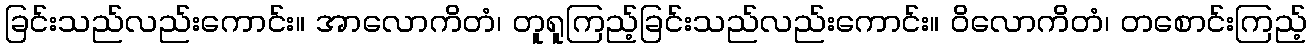
ခြင်းသည်လည်းကောင်း။ အာလောကိတံ၊ တူရူကြည့်ခြင်းသည်လည်းကောင်း။ ဝိလောကိတံ၊ တစောင်းကြည့်